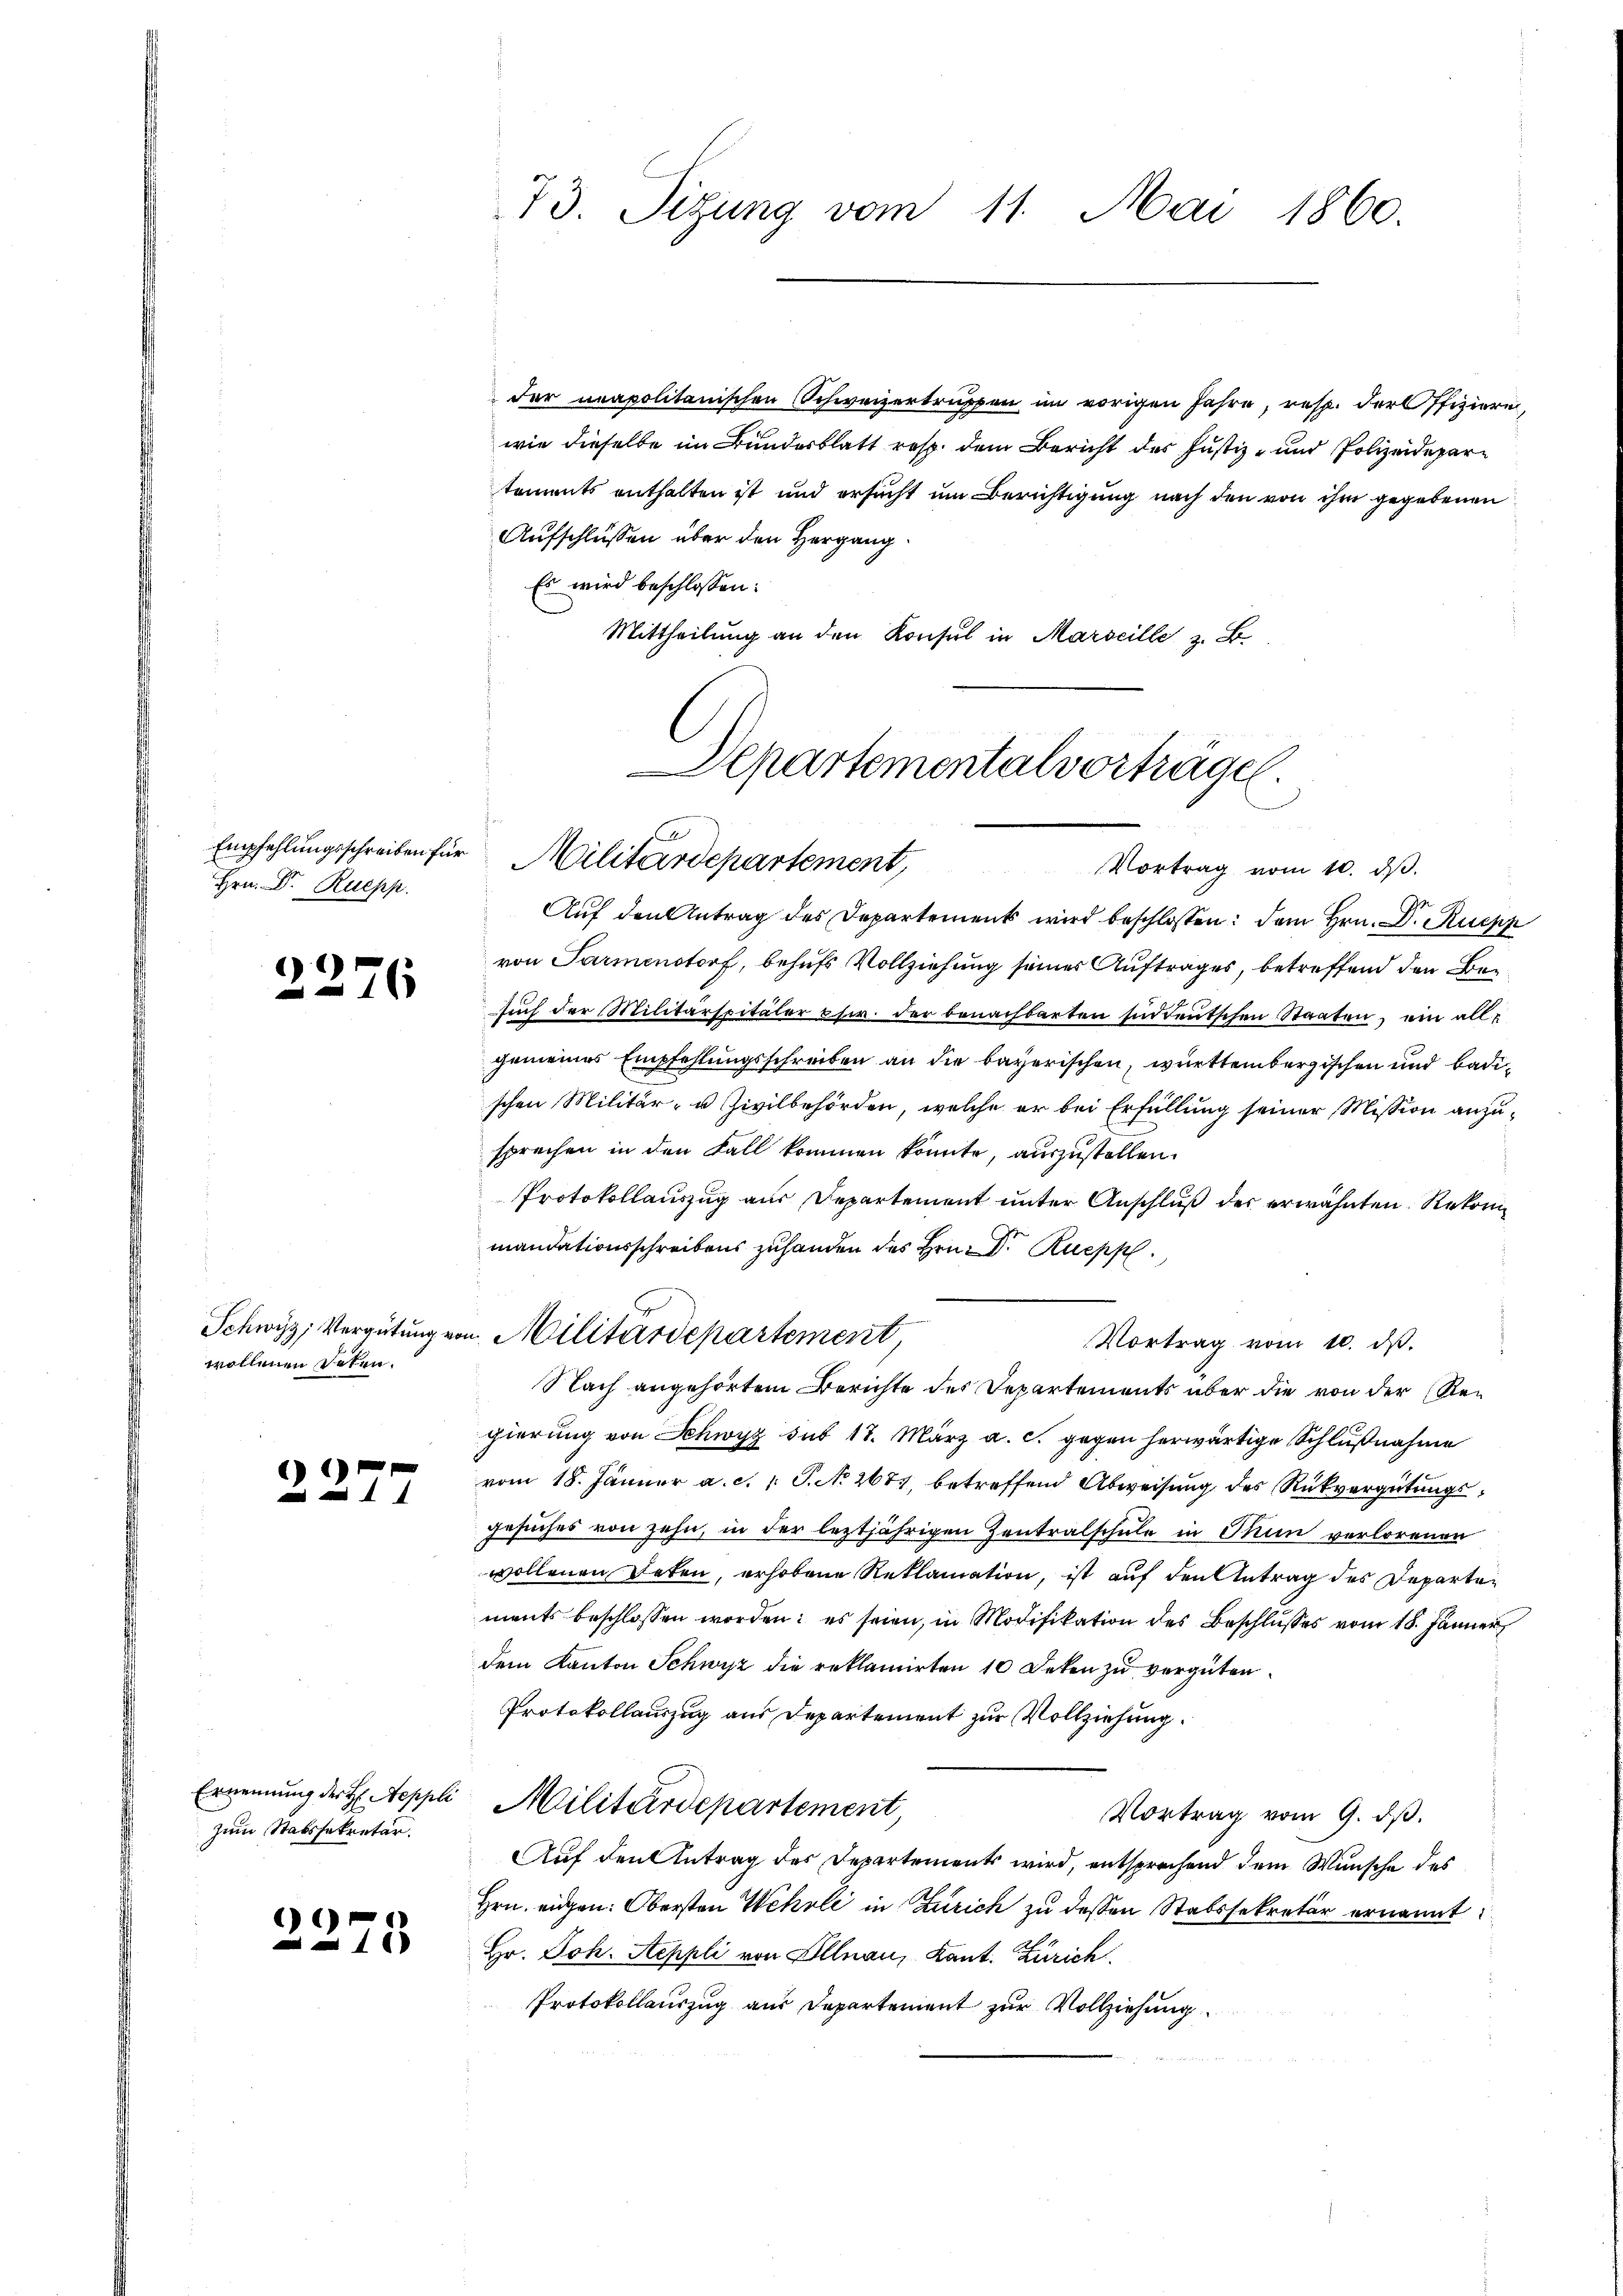
Hrn. Dr. Ruepp.

2276

wollenen Peten.

6
.

c

zum Stabssekretär.

73. Sizung vom 11. Mai 1860.

Der neapolitanischen Schweizertruppen im vorigen Jahre, resp. der Offiziere
wie dieselbe im Bundesblatt resp. dem Bericht des Justiz- und Polizeidepartoments enthalten ist und ersucht um Berichtigung nach den von ihm gegebenen
Aufschlüssen über den Hergang.
Es wird beschlossen:
Mittheilung an den Konsul in Marseille z. B.

Departementalvortragen.
Empfehlungsschreiben für Militärdepartement,
Vortrag vom 10. dβ.

Schwyz, Vergütung von Militärdepartement
Nach angehörtem Berichte des Departements über die von der Re¬

e
Auf den Antrag des Departement wird beschlossen: dem Hrn. D. Rupp
von Parmenstorf, behufs Vollziehung seines Auftrages, betreffend den Besuch der Militärspitäler es w. der benachbarten süddeutschen Staaten, ein allgemeines Empfehlungsschreiben an die bayerischen, württembergischen und Badischen Militär- u. Zivilbehörden, welche er bei Erfüllung seiner Mission anzusprechen in den Fall kommen könnte, auszustellen.
Protokollauszug aus Departement unter Anschluß des erwähnten Rekonmandationsschreibens zuhanden des Hrn. Dr. Ruepp
gierung von Schwyz sub 18. März a. c. gegen herwärtige Schlußnahme
vom 18. Jänner a. c.  P. No 2677, betreffend Abweisung des Rückvergütungsgesuches von zehn, in der leztjährigen Zentralschule in Thun verlorenen
wollenen Deten, erhobene Reklamation, ist auf den Antrag des Departements beschlossen werden; es seien, in Modifikation des Beschlusses vom 18. Jänner
dem Kanton Schwyz die reklamirten 10 Deken zu vergüten.
Protokollauszug aus Departement zur Vollziehung.
Ernennung der H Aeppli Militärdepartement
Vortrag vom 9. dβ.
Auf den Antrag des Departements wird, entsprechend dem Wunsche des
Hrn. eidgen: Obersten Wehrli in Zürich zu dessen Stabssekretär ernannt
Hr. Joh. Aeppli von Illnau, Kant. Zürich
Protokollauszug aus Departement zur Vollziehung

Vortrag vom 10. dβ.